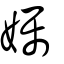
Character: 孎